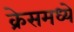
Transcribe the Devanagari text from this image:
क्रेसमध्ये